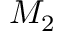
M _ { 2 }